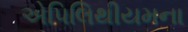
એપિલિથીયમના